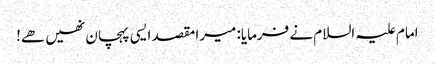
امام علیہ السلام نے فرمایا: میرا مقصد ایسی پہچان نھیں ھے!